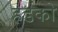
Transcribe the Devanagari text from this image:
हडको